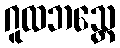
ဂူထဘသ္တေ